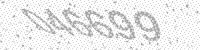
Solution: 046699